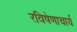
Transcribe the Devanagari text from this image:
रविषेणाचार्य